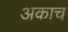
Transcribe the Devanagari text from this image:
अकाच